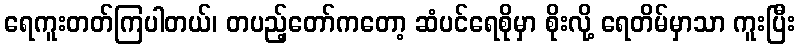
ရေကူးတတ်ကြပါတယ်၊ တပည့်တော်ကတော့ ဆံပင်ရေစိုမှာ စိုးလို့ ရေတိမ်မှာသာ ကူးပြီး